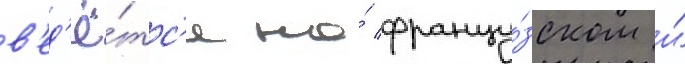
в'ед'ё́тс'я на́ францу́зском и́